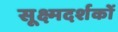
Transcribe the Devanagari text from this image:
सूक्ष्मदर्शकों